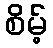
စိမ့်